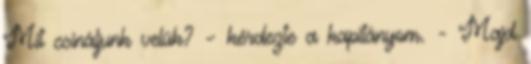
Mit csináljunk velük? – kérdezte a kapitányom. - Majd